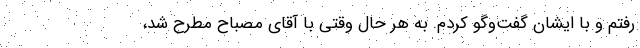
رفتم و با ایشان گفت‌وگو کردم. به هر حال وقتی با آقای مصباح مطرح شد،